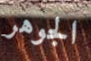
الجوهر